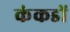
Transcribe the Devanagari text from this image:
कंकडों